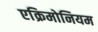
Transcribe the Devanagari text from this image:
एक्रिमोनियम